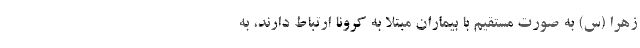
زهرا (س) به صورت مستقیم با بیماران مبتلا به کرونا ارتباط دارند، به